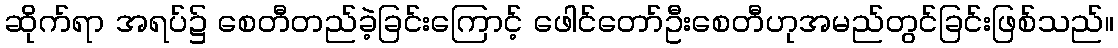
ဆိုက်ရာ အရပ်၌ စေတီတည်ခဲ့ခြင်းကြောင့် ဖေါင်တော်ဦးစေတီဟုအမည်တွင်ခြင်းဖြစ်သည်။